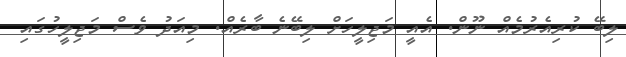
ލިބޭ ކުރިއެރުމެއް ނޫން. އެއީ މަޖިލީހަށް ލިބޭނެ ބާރެއް. މިއަދު ވެސް މަޖިލީހުގައި